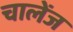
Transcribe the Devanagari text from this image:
चालेंज